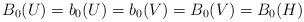
LaTeX: \begin{align*} B_0(U) = b_0(U) = b_0(V) = B_0(V) = B_0(H)\end{align*}